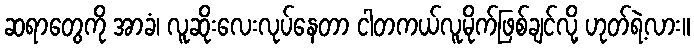
ဆရာတွေကို အာခံ၊ လူဆိုးလေးလုပ်နေတာ ငါတကယ်လူမိုက်ဖြစ်ချင်လို့ ဟုတ်ရဲ့လား။